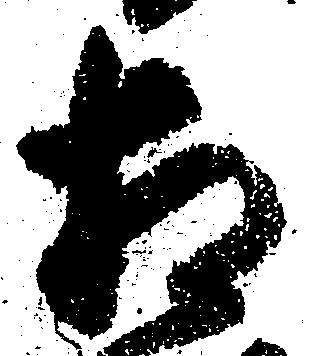
相